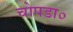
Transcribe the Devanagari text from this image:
चोपडा०